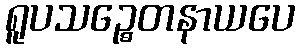
ရူပသဉ္စေတနာယပေ